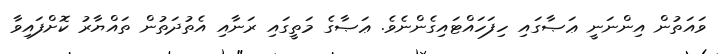
ވައަތުން އިންނަނީ ޢަޞާގައި ހިފަހައްޓައިގެންނެވެ. ޢަޞާގެ މަތީގައި ރަނާއި އެތުދަތުން ތައްޔާރު ކޮށްފައިިވާ